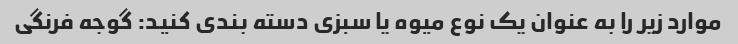
موارد زیر را به عنوان یک نوع میوه یا سبزی دسته بندی کنید: گوجه فرنگی